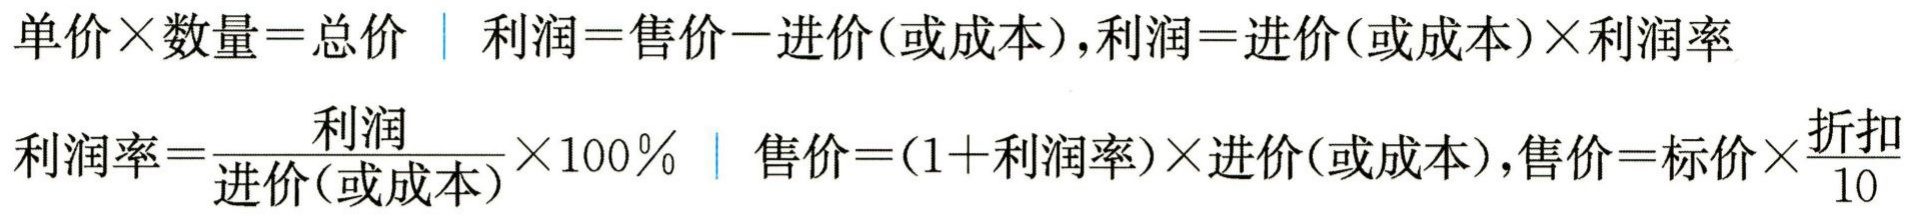
单价×数量=总价  | 利润=售价−进价(或成本),利润=进价(或成本)×利润率

利润率=$\frac{利润}{进价(或成本)}\times100\%$ | 售价=(1+利润率)×进价(或成本),售价=标价×$\frac{折扣}{10}$